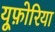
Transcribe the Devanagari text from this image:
यूफ़ोरिया